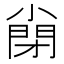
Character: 𡮣